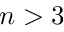
n > 3